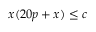
x ( 2 0 p + x ) \leq c